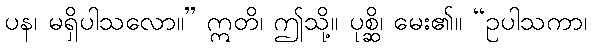
ပန၊ မရှိပါသလော။” ဣတိ၊ ဤသို့။ ပုစ္ဆိ၊ မေး၏။ “ဥပါသကာ၊